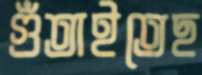
গুঁতাইতেছ